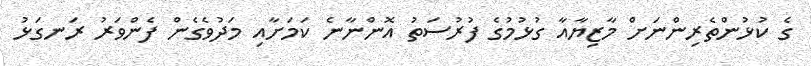
ގެ ކުޅުންތެރިންނަށް މާޒިޔާއާ ގުޅުމުގެ ފުރުސަތު އޮންނާނެ ކަމަށާއި މަދުވެގެން ފެންވަރު ރަނގަޅު